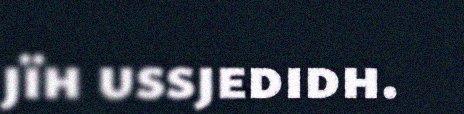
jïh ussjedidh.